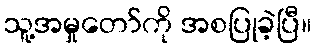
သူ့အမှုတော်ကို အစပြုခဲ့ပြီ။